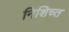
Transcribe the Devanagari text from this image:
निशिच्त